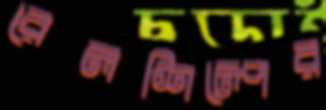
রেলশিল্পের